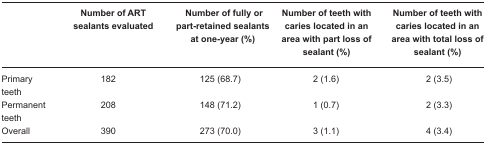
|  | Number of ART sealants evaluated | Number of fully or part-retained sealants at one-year (%) | Number of teeth with caries located in an area with part loss of sealant (%) | Number of teeth with caries located in an area with total loss of sealant (%) |
 | --- | --- | --- | --- | --- |
 | Primary teeth | 182 | 125 (68.7) | 2 (1.6) | 2 (3.5) |
 | Permanent teeth | 208 | 148 (71.2) | 1 (0.7) | 2 (3.3) |
 | Overall | 390 | 273 (70.0) | 3 (1.1) | 4 (3.4) |